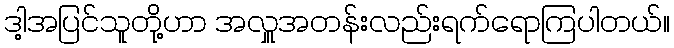
ဒါ့အပြင်သူတို့ဟာ အလှူအတန်းလည်းရက်ရောကြပါတယ်။